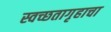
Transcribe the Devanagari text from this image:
स्वच्छतागृहाचा